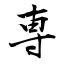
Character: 専